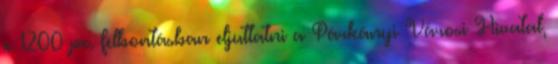
x 1200 px. felbontásban eljuttatni a Párkányi Városi Hivatal,